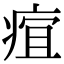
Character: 𤶢